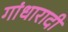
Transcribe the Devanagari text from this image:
गांधारादी